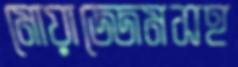
মোয়াজ্জেমসহ